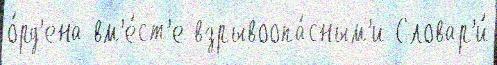
о́рд'ена вм'е́ст'е взрывоопа́сным'и Словар'и́